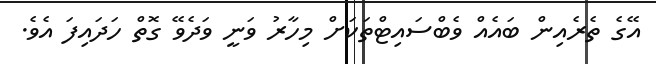
އޭގެ ތެރެއިން ބައެއް ވެބްސަައިޓްތަކަށް މިހާރު ވަނީ ވަދެވޭ ގޮތް ހަދައިފަ އެވެ.